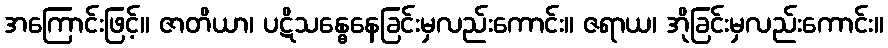
အကြောင်းဖြင့်။ ဇာတိယာ၊ ပဋိသန္ဓေနေခြင်းမှလည်းကောင်း။ ဇရာယ၊ အိုခြင်းမှလည်းကောင်း။